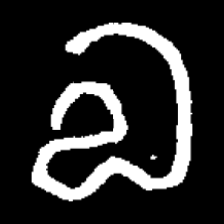
Pyu character \u2014 Myanmar letter: လ (romanized: la)